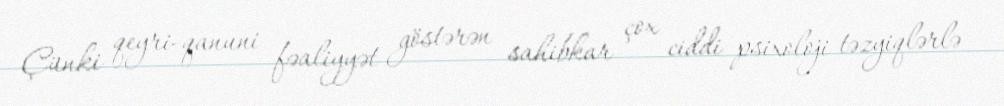
Çünki qeyri-qanuni fəaliyyət göstərən sahibkar çox ciddi psixoloji təzyiqlərlə